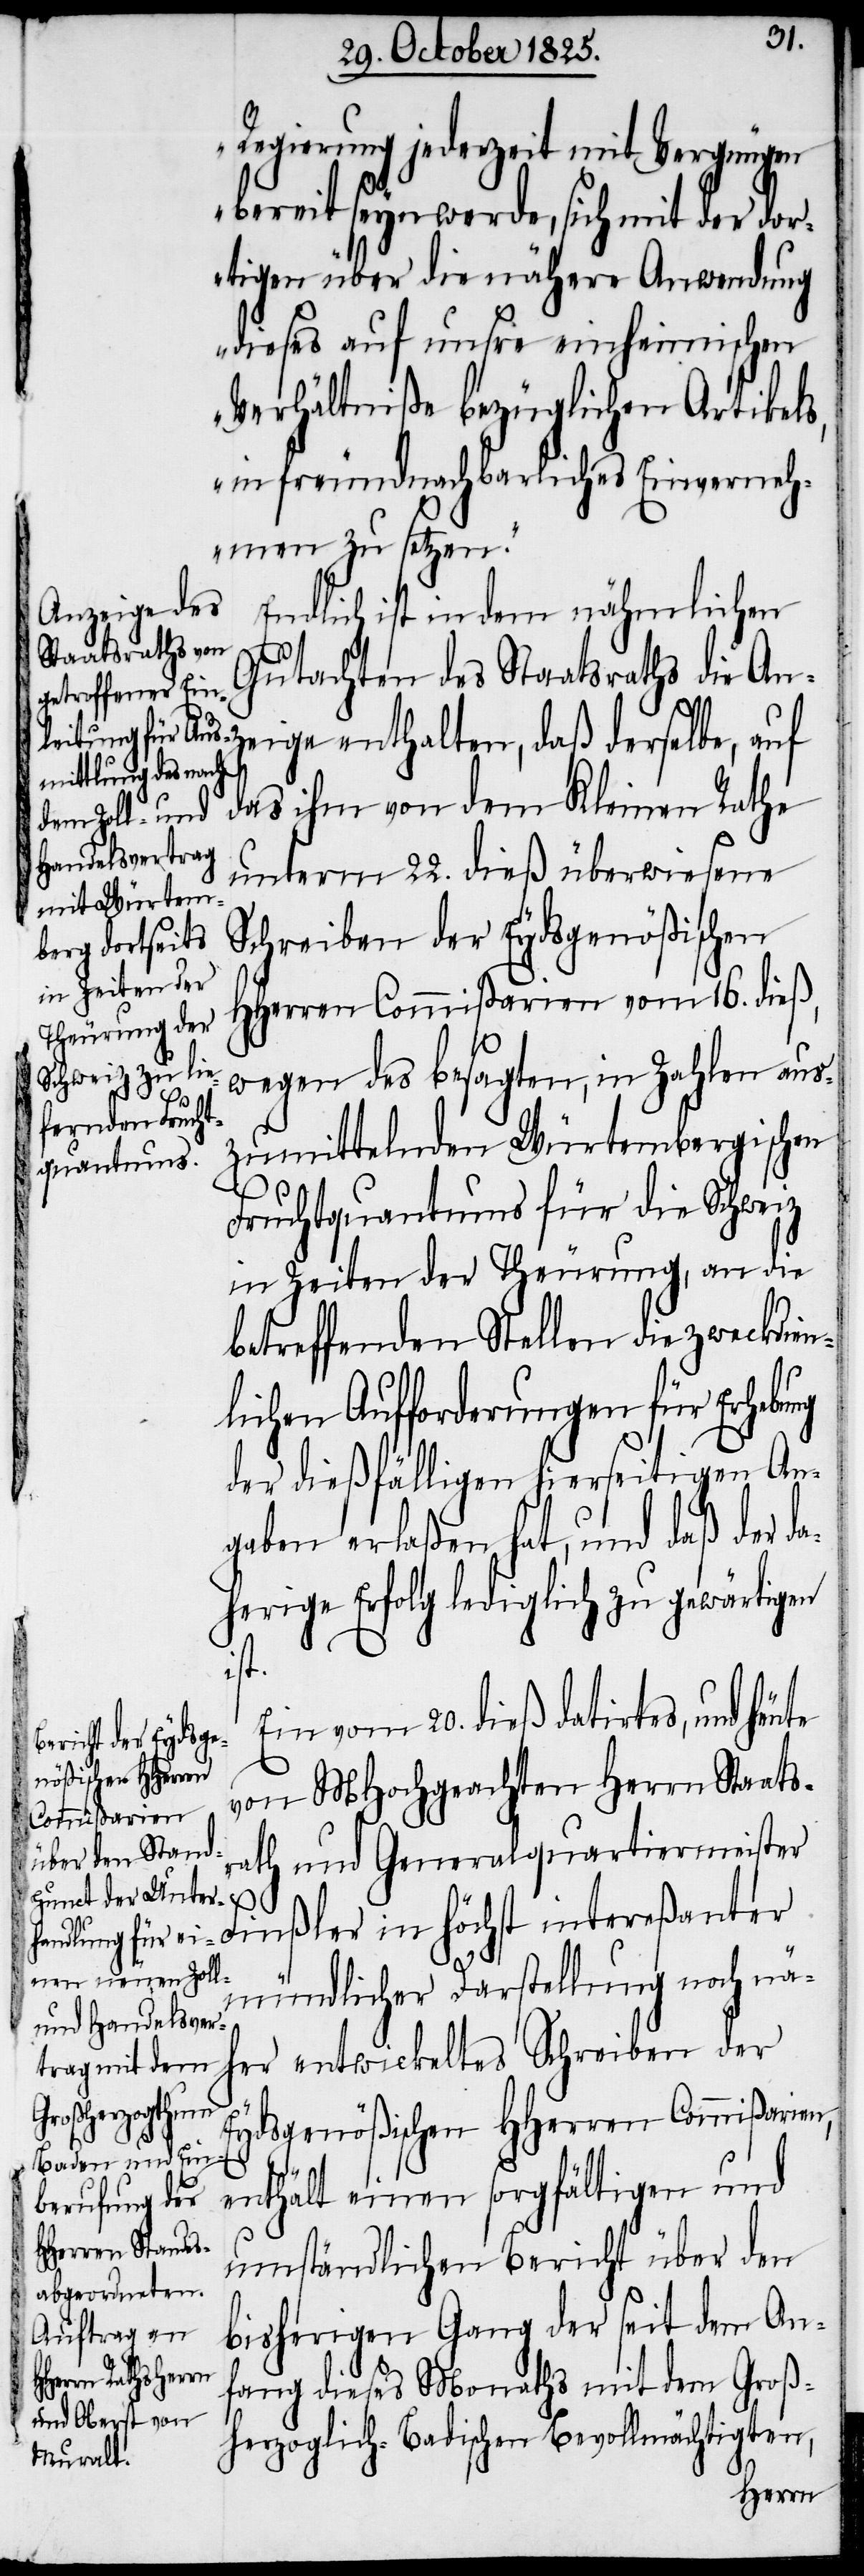
Regierung jederzeit mit Vergnügen
bereit seyn werde, sich mit der dor¬
tigen über die nähere Anwendung
dieses auf unsre einheimischen
Verhältniße bezüglichen Artikels,
in freundnachbarliches Einverneh¬
men zu setzen.“
Endlich ist in dem nähmlichen
Gutachten des Staatsraths die Anz¬
eige enthalten, daß derselbe, auf
das ihm von dem Kleinen Rathe
unterm 22. dieß überwiesene
Schreiben der Eydsgenößischen
HHerren Commißarien vom 16. dieß,
wegen des besagten, in Zahlen aus¬
zumittelnden Würtembergischen
Fruchtquantums für die Schweiz
in Zeiten der Theurung, an die
betreffenden Stellen die zweckdien¬
lichen Aufforderungen für Erhebung
der dießfälligen hierseitigen An¬
gaben erlaßen hat, und daß der da¬
herige Erfolg lediglich zu gewärtigen
ist.
Ein vom 20. dieß datirtes, und heute
von MHochgeachten Herrn Staats¬
rath und Generalquartiermeister
mündlicher Darstellung noch nä¬
her entwickeltes Schreiben der
Eydsgenößischen HHerren Commißarien,
enthält einen sorgfältigen und
umständlichen Bericht über den
bisherigen Gang der seit dem An¬
fang dieses Monaths mit dem Groß¬
herzoglich-Badischen Bevollmächtigten,